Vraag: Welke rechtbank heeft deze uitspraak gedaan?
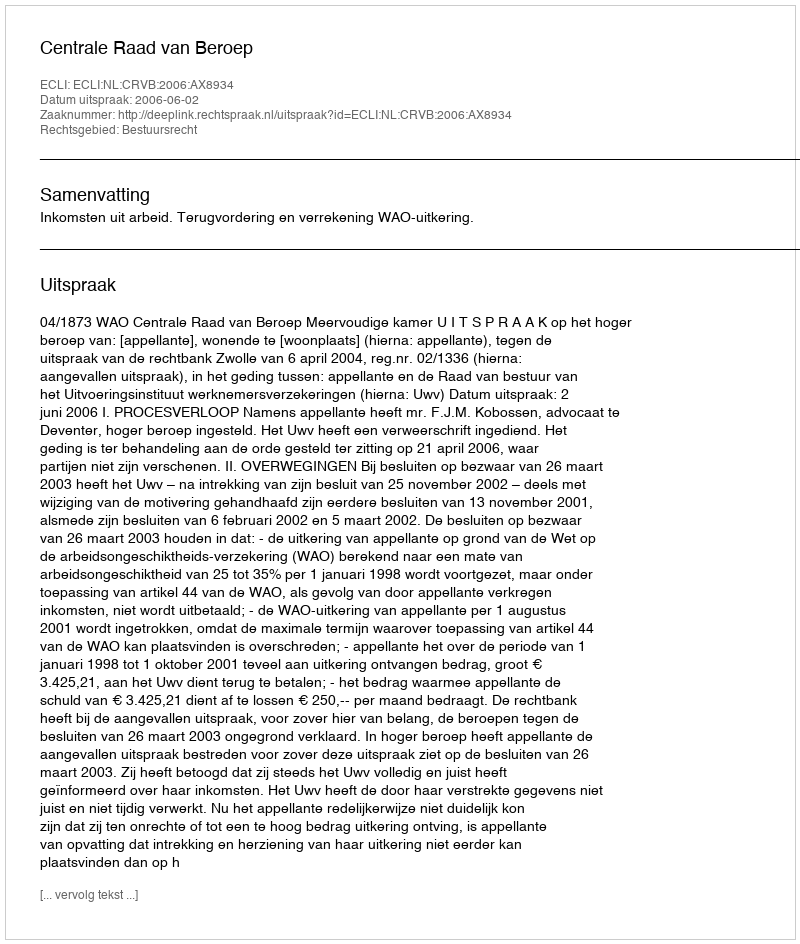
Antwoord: Centrale Raad van Beroep